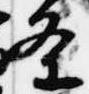
条